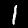
Label: 1